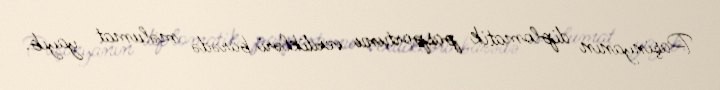
Paşinyanın diplomatik pasportunu verdikləri barədə məlumat yayıb.